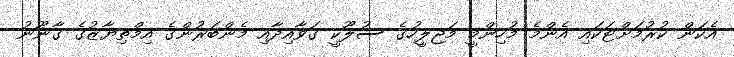
އެކަން ކުރުމަށްޓަކައި އެންމެ މުހިންމީ މަޖިލީހުގެ ސުލޫކީ ގަވާއިދާއި މެންބަރުންގެ އިމްތިޔާޒުގެ ގާނޫނު